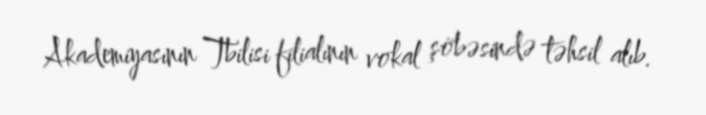
Akademiyasının Tbilisi filialının vokal şöbəsində təhsil alıb.